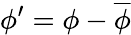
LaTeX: \phi^{\prime}=\phi-\overline{{\phi}}